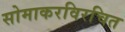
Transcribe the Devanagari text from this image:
सोमाकरविरचित